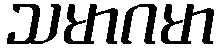
သမာဂမာ